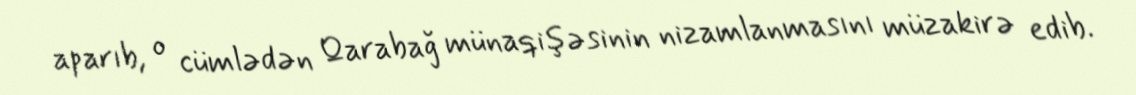
aparıb, o cümlədən Qarabağ münaqişəsinin nizamlanmasını müzakirə edib.